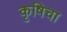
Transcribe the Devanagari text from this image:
कृषिचा